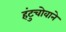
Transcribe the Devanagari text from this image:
हंटुचोवाने